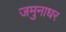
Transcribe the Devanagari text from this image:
जमुनाधर